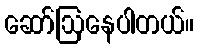
ဆော်ဩနေပါတယ်။